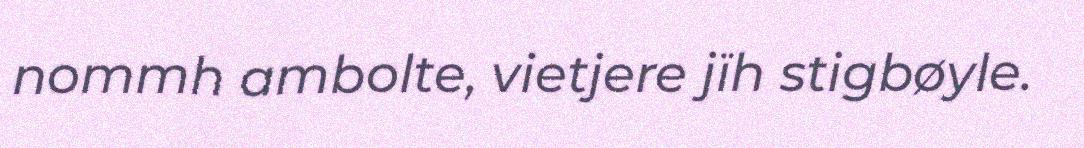
nommh ambolte, vietjere jïh stigbøyle.